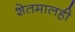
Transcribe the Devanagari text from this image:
शेतमालही